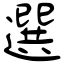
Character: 選